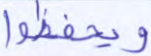
ويحفظوا